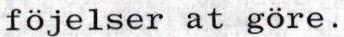
föjelser at göre.